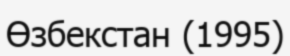
Өзбекстан (1995)